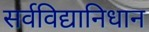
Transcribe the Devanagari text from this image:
सर्वविद्यानिधान